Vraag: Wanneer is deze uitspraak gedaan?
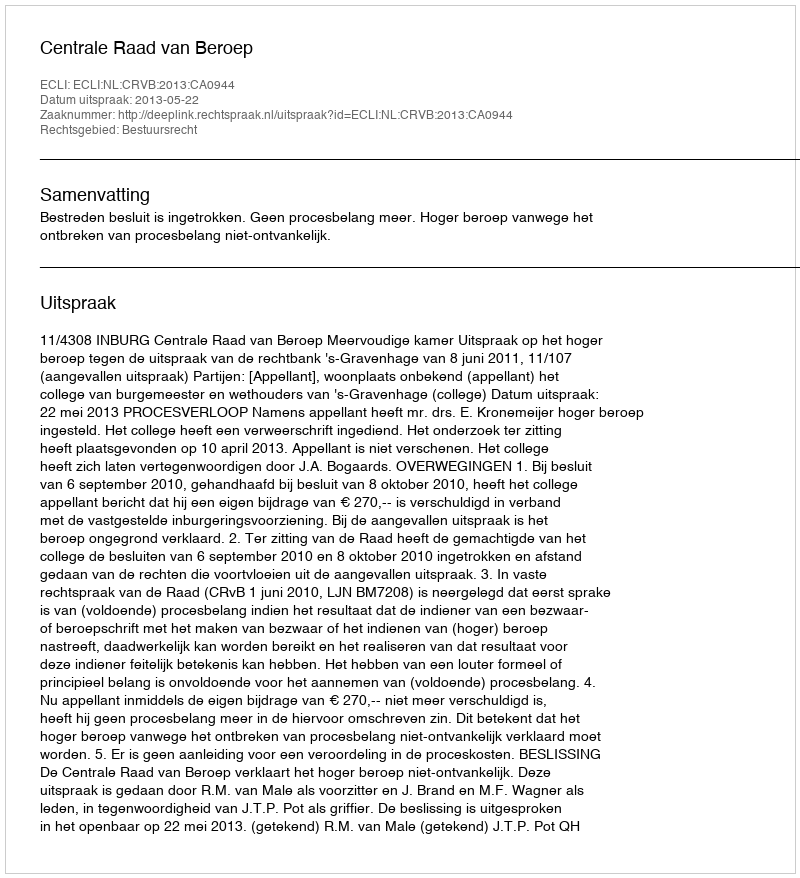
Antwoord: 2013-05-22